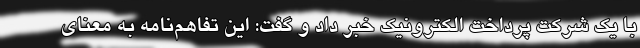
با یک شرکت پرداخت الکترونیک خبر داد و گفت: این تفاهم‌نامه به معنای